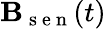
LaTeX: \mathbf{B}_{\mathrm{~s~e~n~}}(t)